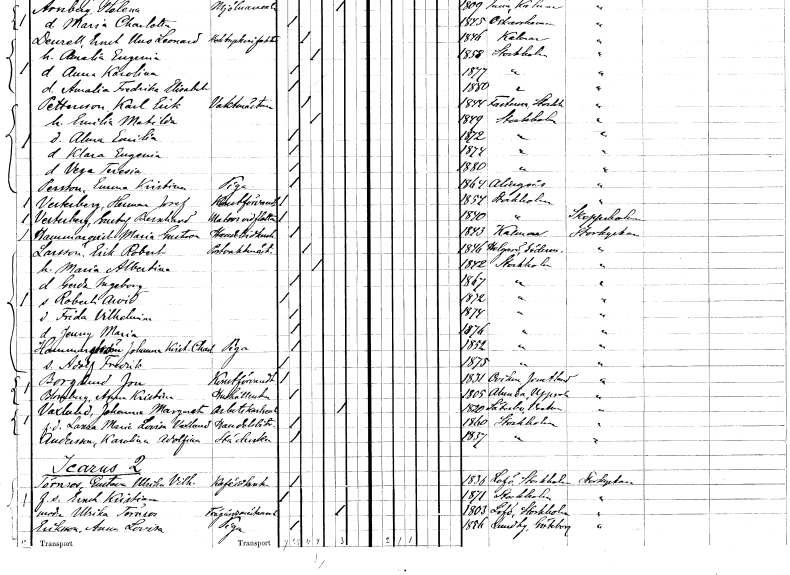
gt_parse: households: individuals: FN: Klara Eugenia
KON: K
CIV: O
FODAR: 1874
FODFORS: Stockholm
FN: Vega Teresia
KON: K
CIV: O
FODAR: 1880
FODFORS: Stockholm
FN: Emma Kristina
EN: Persson
YRKE: Piga
KON: K
CIV: O
FODAR: 1864
FODFORS: Alingsås Älvsborgs län
FN: Herman Josef
EN: Vesterberg
YRKE: Konstförvandt
KON: M
CIV: O
FODAR: 1854
FODFORS: Stockholm
FN: Gustaf Bernhard
EN: Vesterberg
YRKE: Matros vid flottan
KON: M
CIV: O
FODAR: 1840
FODFORS: Stockholm
FN: Maria Gustava
EN: Hammarqvist
YRKE: Handelsidkerska
KON: K
CIV: O
FODAR: 1843
FODFORS: Kalmar Kalmar län
FN: Erik Robert
EN: Larsson
YRKE: Postvaktmästare
KON: M
CIV: G
FODAR: 1846
FODFORS: Helgarö Södermanlands län
FN: Maria Albertina
KON: K
CIV: G
FODAR: 1842
FODFORS: Stockholm
FN: Gerda Ingeborg
KON: K
CIV: O
FODAR: 1867
FODFORS: Stockholm
FN: Robert Arvid
KON: M
CIV: O
FODAR: 1872
FODFORS: Stockholm
FN: Frida Vilhelmina
KON: K
CIV: O
FODAR: 1874
FODFORS: Stockholm
FN: Jenny Maria
KON: K
CIV: O
FODAR: 1876
FODFORS: Stockholm
FN: Johanna Kristina Charlotta
EN: Hammarström
YRKE: Piga
KON: K
CIV: O
FODAR: 1852
FODFORS: Stockholm
FN: Adolf Fredrik
KON: M
CIV: O
FODAR: 1875
FODFORS: Stockholm
FN: Jon
EN: Borglund
YRKE: Konstförvandt
KON: M
CIV: O
FODAR: 1831
FODFORS: Oviken Jämtlands län
FN: Anna Kristina
EN: Blomberg
YRKE: Hushållerska
KON: K
CIV: O
FODAR: 1805
FODFORS: Alunda Uppsala län
FN: Johanna Margareta
EN: Vaxlund
YRKE: Arbetskarlsänka
KON: K
CIV: E
FODAR: 1850
FODFORS: Säterbo Västmanlands län
FN: Laura Maria Lovisa
EN: Vaxlund
YRKE: Handelsbiträde
KON: K
CIV: O
FODAR: 1860
FODFORS: Stockholm
FN: Karolina Adolfina
EN: Andersson
YRKE: Städerska
KON: K
CIV: O
FODAR: 1857
FODFORS: Stockholm
FN: Gustava Ulrika Vilhelmina
EN: Törnros
YRKE: Kaféidkerska
KON: K
CIV: O
FODAR: 1836
FODFORS: Lovö Stockholms län
FN: Enoch Kristian
KON: M
CIV: O
FODAR: 1871
FODFORS: Stockholm
FN: Ulrika
EN: Törnros
YRKE: Trädgårdsmästareänka
KON: K
CIV: E
FODAR: 1803
FODFORS: Lovö Stockholms län
FN: Anna Lovisa
EN: Eriksson
YRKE: Piga
KON: K
CIV: O
FODAR: 1856
FODFORS: Lundby Göteborgs- och Bohuslän